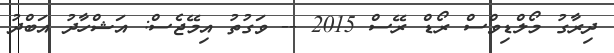
ދިރާގު މޯލްޑިވްސް ރޯޑް ރޭސް 2015 -- ވަގުތު އިމޭޖެސް: އަޝްހާދު އަބްދު